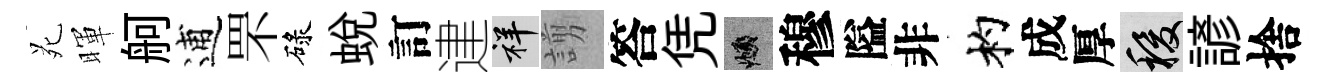
苑暉舸逋罘碌蛻訂䢖祥謭答凭頫穆隘非杓成厚稷諺捨